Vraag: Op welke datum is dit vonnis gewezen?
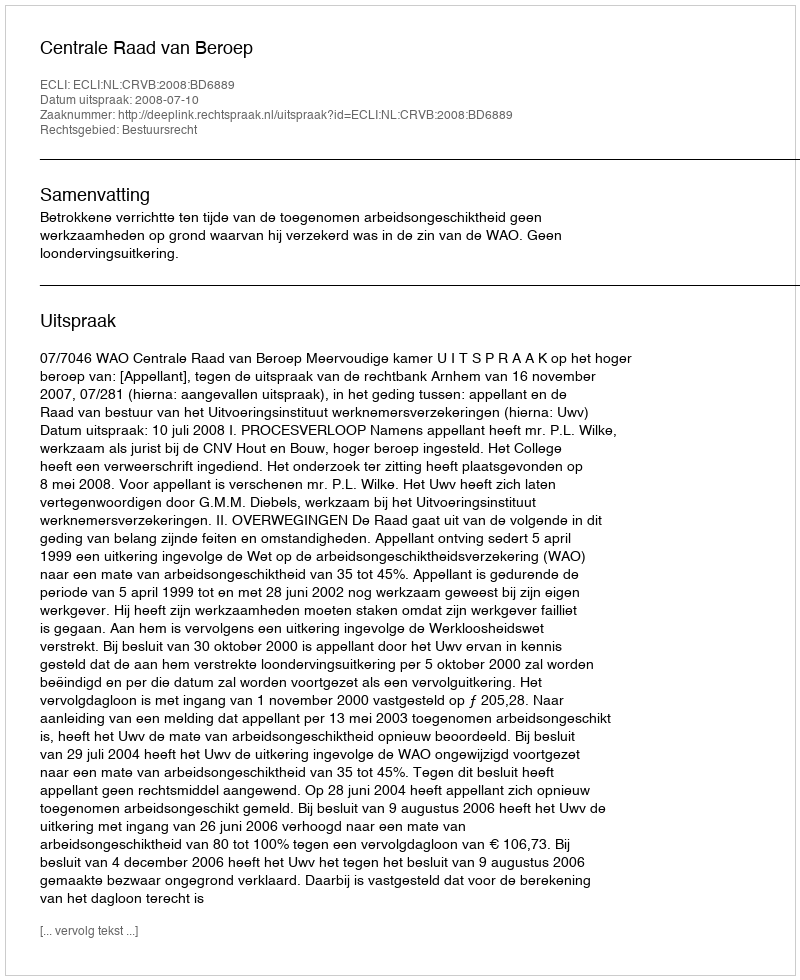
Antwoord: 2008-07-10